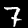
Label: 7